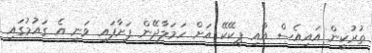
ތުރުކީން އައިއެސް އާއި ޕީކޭކޭ އަށް ހަމަލާދޭން ފަށާފައި ވަނީ އެ ގައުމުގައި